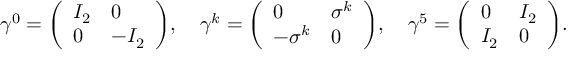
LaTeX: \gamma ^ { 0 } = { \left( \begin{array} { l l } { I _ { 2 } } & { 0 } \\ { 0 } & { - I _ { 2 } } \end{array} \right) } , \quad \gamma ^ { k } = { \left( \begin{array} { l l } { 0 } & { \sigma ^ { k } } \\ { - \sigma ^ { k } } & { 0 } \end{array} \right) } , \quad \gamma ^ { 5 } = { \left( \begin{array} { l l } { 0 } & { I _ { 2 } } \\ { I _ { 2 } } & { 0 } \end{array} \right) } .